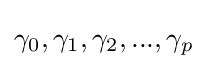
\gamma _{0},\gamma _{1},\gamma _{2},...,\gamma _{p}